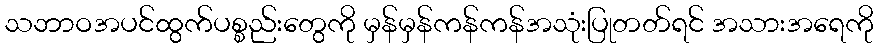
သဘာဝအပင်ထွက်ပစ္စည်းတွေကို မှန်မှန်ကန်ကန်အသုံးပြုတတ်ရင် အသားအရေကို